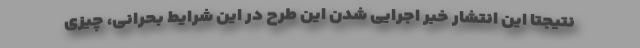
نتیجتا این انتشار خبر اجرایی شدن این طرح در این شرایط بحرانی، چیزی